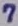
Text: 7